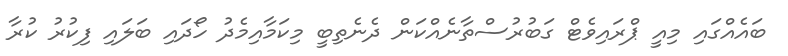
ބައެއްގައި މިއީ ޕްރައިވެޓް ގަބުރުސްތާނެއްކަން ދެނެތިބީ މިކަމާއިމެދު ހޯދައި ބަލައި ފިކުރު ކުރާ